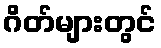
ဂိတ်များတွင်